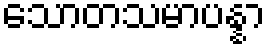
သောတသမာပန္နာ